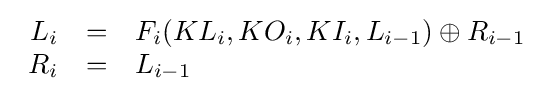
{\begin{array}{rcl}L_{i}&=&F_{i}(KL_{i},KO_{i},KI_{i},L_{i-1})\oplus R_{i-1}\\R_{i}&=&L_{i-1}\end{array}}